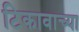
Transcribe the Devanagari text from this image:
टिकावाच्या